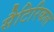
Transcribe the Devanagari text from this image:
सैटिरिकल